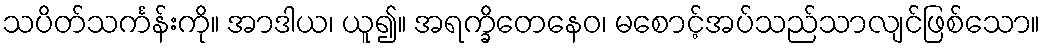
သပိတ်သင်္ကန်းကို။ အာဒါယ၊ ယူ၍။ အရက္ခိတေနေဝ၊ မစောင့်အပ်သည်သာလျင်ဖြစ်သော။